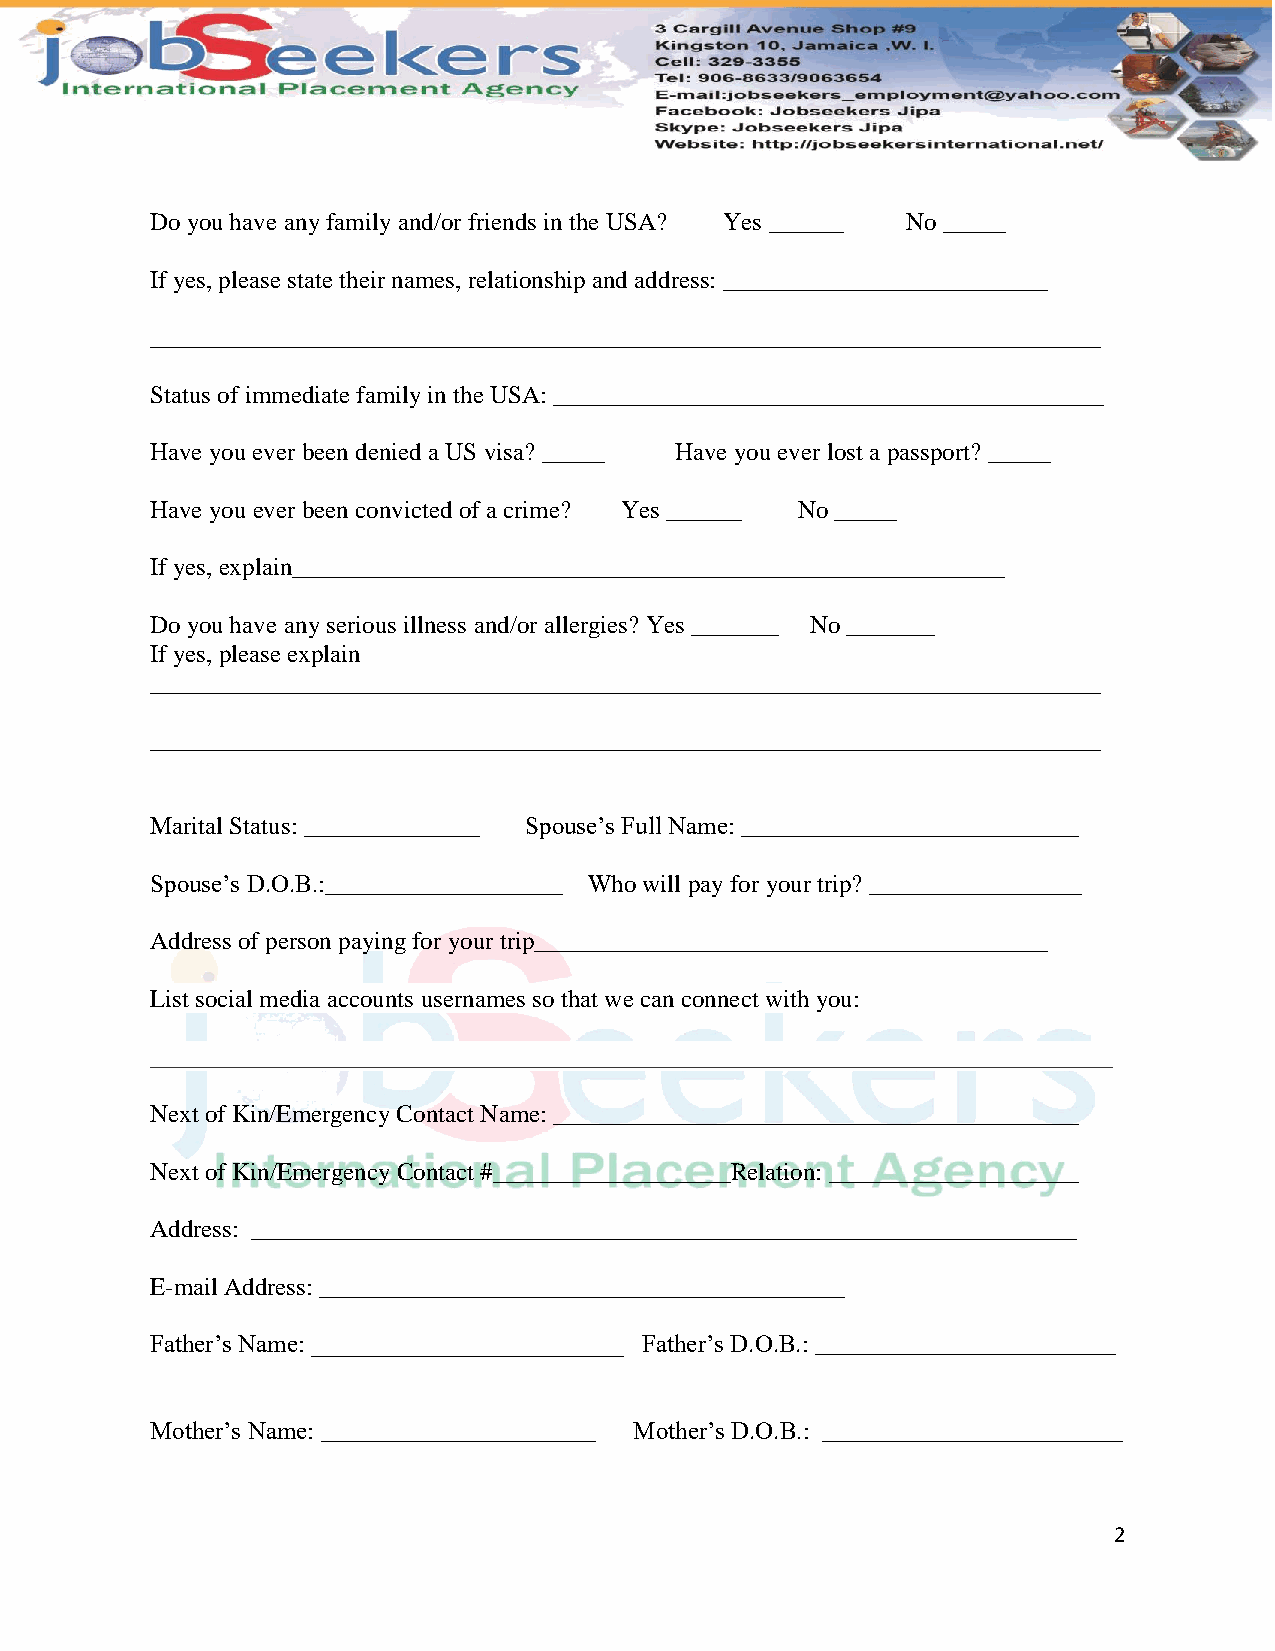
Do you have any family and/or friends in the USA? Yes ______ No _____
 If yes, please state their names, relationship and address: __________________________
 ____________________________________________________________________________
 Status of immediate family in the USA: ____________________________________________
 Have you ever been denied a US visa? _____ Have you ever lost a passport? _____
 Have you ever been convicted of a crime? Yes ______ No _____
 If yes, explain_________________________________________________________
 Do you have any serious illness and/or allergies? Yes _______ No _______
 If yes, please explain
 ____________________________________________________________________________
 ____________________________________________________________________________
 Marital Status: ______________ Spouse’s Full Name: ___________________________
 Spouse’s D.O.B.:___________________ Who will pay for your trip? _________________
 Address of person paying for your trip_________________________________________
 List social media accounts usernames so that we can connect with you:
 _____________________________________________________________________________
 Next of Kin/Emergency Contact Name: __________________________________________
 Next of Kin/Emergency Contact #___________________Relation: ____________________
 Address: __________________________________________________________________
 E-mail Address: __________________________________________
 Father’s Name: _________________________ Father’s D.O.B.: ________________________
 Mother’s Name: ______________________ Mother’s D.O.B.: ________________________
 2